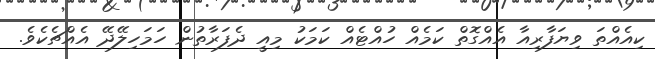
ކިއެއްތަ ވިޔަފާރިއާ އެއްގޮތް ކަމެއް ހުއްޓެއް ކަމަކު މިއީ ދެފަރާތުން ހަމަހިލޭދޭ އެއްޗެކެވެ.